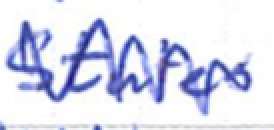
Text: States
Cross-out: mix
Writing tool: ballpoint